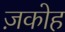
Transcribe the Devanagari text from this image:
ज़कोह